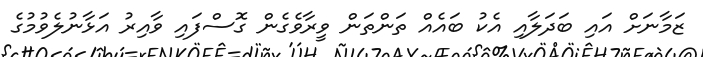
ޒަމާނަށް އައި ބަދަލާއި އެކު ބައެއް ތަންތަން ވީރާވެގެން ގޮސްފައި ވާއިރު އަޅާނުލެވުމުގެ